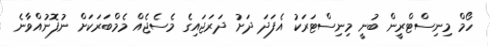
ހޯމް މިނިސްޓްރީން ބުނީ މިނިސްޓަރަކު އެފަދަ ދަށު ދަރަޖައިގެ މެސެޖެއް މެމްބަރަކަށް ނުފޮނުއްވާނެ